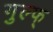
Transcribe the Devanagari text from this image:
गुल्फ्